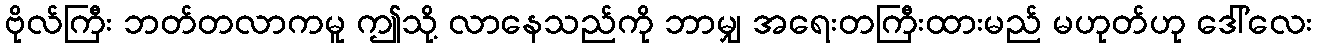
ဗိုလ်ကြီး ဘတ်တလာကမူ ဤသို့ လာနေသည်ကို ဘာမျှ အရေးတကြီးထားမည် မဟုတ်ဟု ဒေါ်လေး